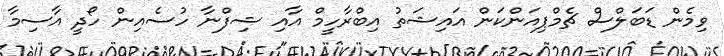
ވިމެން ޑަބަލްސް ޗެމްޕިއަންކަން އައިޝަތު އިބްރާހީމް އާއި ޝިފްނާ ހުސެއިން ހޯދީ އާސިމާ